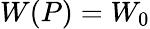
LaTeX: W(P)=W_{0}